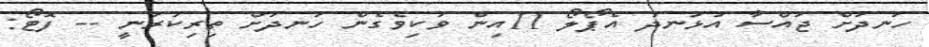
ހަނދަށް ޖައްސާ އުޅަނދު އެޕޯލޯ 11އިން ވަކިވެގެން ހަނދަށް ތިރިކުރަނީ -- ފޮޓޯ: